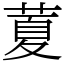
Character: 𦷜